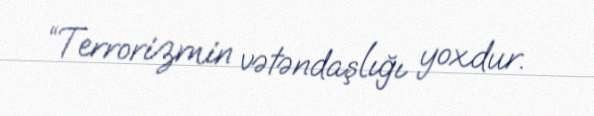
“Terrorizmin vətəndaşlığı yoxdur.